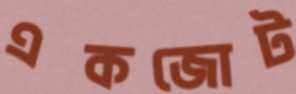
একজোট